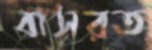
বাসরত